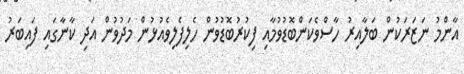
އާންމު ނަޒަރަކުން ބަލާއިރު ހާސްވެކަންބޮޑުވުމާއި ފިކުރުބޮޑުވުން ހެލިފެލިވެއުޅުން މަދުވުން އަދި ކާނާގައި ފައިބަރު